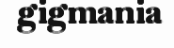
gigmania